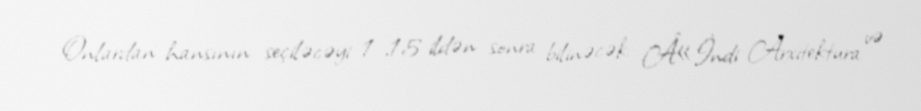
Onlardan hansının seçiləcəyi 1-,15 ildən sonra bilinəcək: Â«İndi Arxitektura və